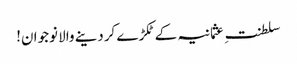
سلطنتِ عثمانیہ کے ٹکڑے کردینے والا نوجوان!